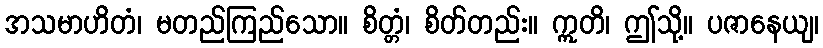
အသမာဟိတံ၊ မတည်ကြည်သော။ စိတ္တံ၊ စိတ်တည်း။ ဣတိ၊ ဤသို့။ ပဇာနေယျ၊